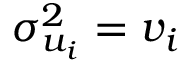
\sigma _ { u _ { i } } ^ { 2 } = v _ { i }